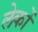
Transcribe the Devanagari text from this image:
लेकों